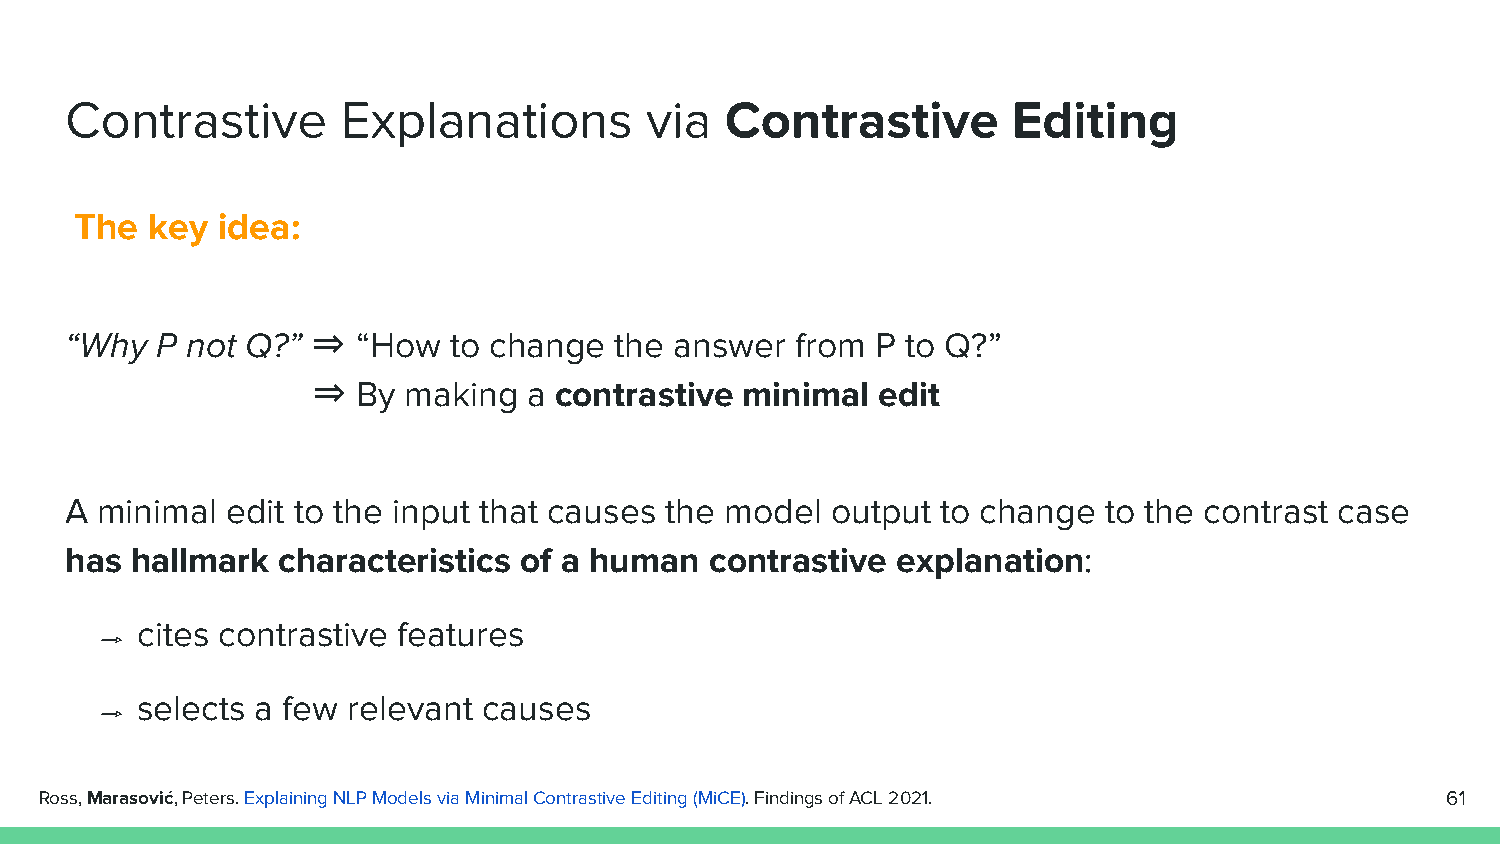
Contrastive        Explanations        via  Contrastive        Editing
 The  key idea:
 “Why  P not Q?”  ⇒  “How  to change  the answer  from P to Q?”
 ⇒  By making  a contrastive minimal  edit
 A minimal  edit to the input that causes the model output to change  to the contrast case
 has  hallmark characteristics of a human   contrastive explanation:
 ⇾  cites contrastive features
 ⇾  selects a few relevant causes
 Ross, Marasović, Peters. Explaining NLP Models via Minimal Contrastive Editing (MiCE). Findings of ACL 2021. 61